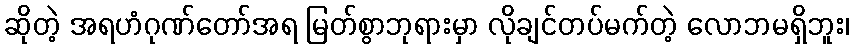
ဆိုတဲ့ အရဟံဂုဏ်တော်အရ မြတ်စွာဘုရားမှာ လိုချင်တပ်မက်တဲ့ လောဘမရှိဘူး၊